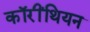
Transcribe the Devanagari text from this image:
कॉरींथियन